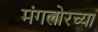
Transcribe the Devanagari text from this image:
मंगलोरच्या